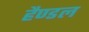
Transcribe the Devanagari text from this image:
हैण्डल